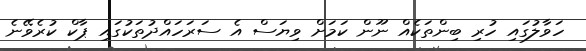
ހަވާލުގައި ހުރި ބިންތަކެއް ނޫން ކަމަށް ވިޔަސް އެ ސަރަހައްދުތަކުގައި ޕާކް ކުރެވޭނެ